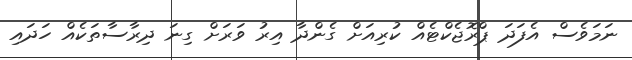
ނަމަވެސް އެފަދަ ޕްރޮޖެކްޓެއް ކުރިއަށް ގެންދާ އިރު ވަރަށް ގިނަ ދިރާސާތަކެއް ހަދައި